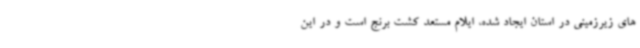
های زیرزمینی در استان ایجاد شده، ایلام مستعد کشت برنج است و در این